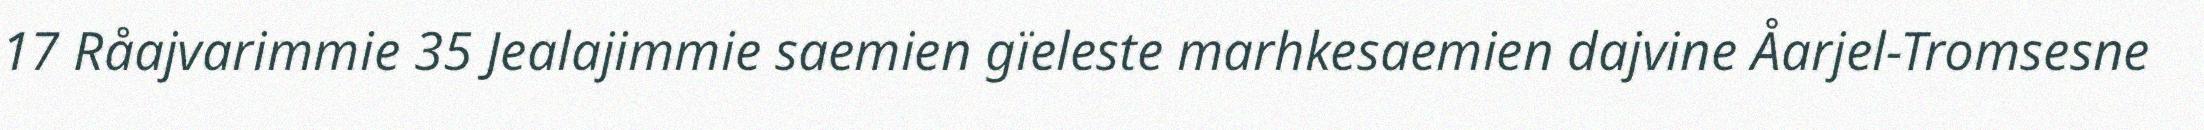
17 Råajvarimmie 35 Jealajimmie saemien gïeleste marhkesaemien dajvine Åarjel-Tromsesne